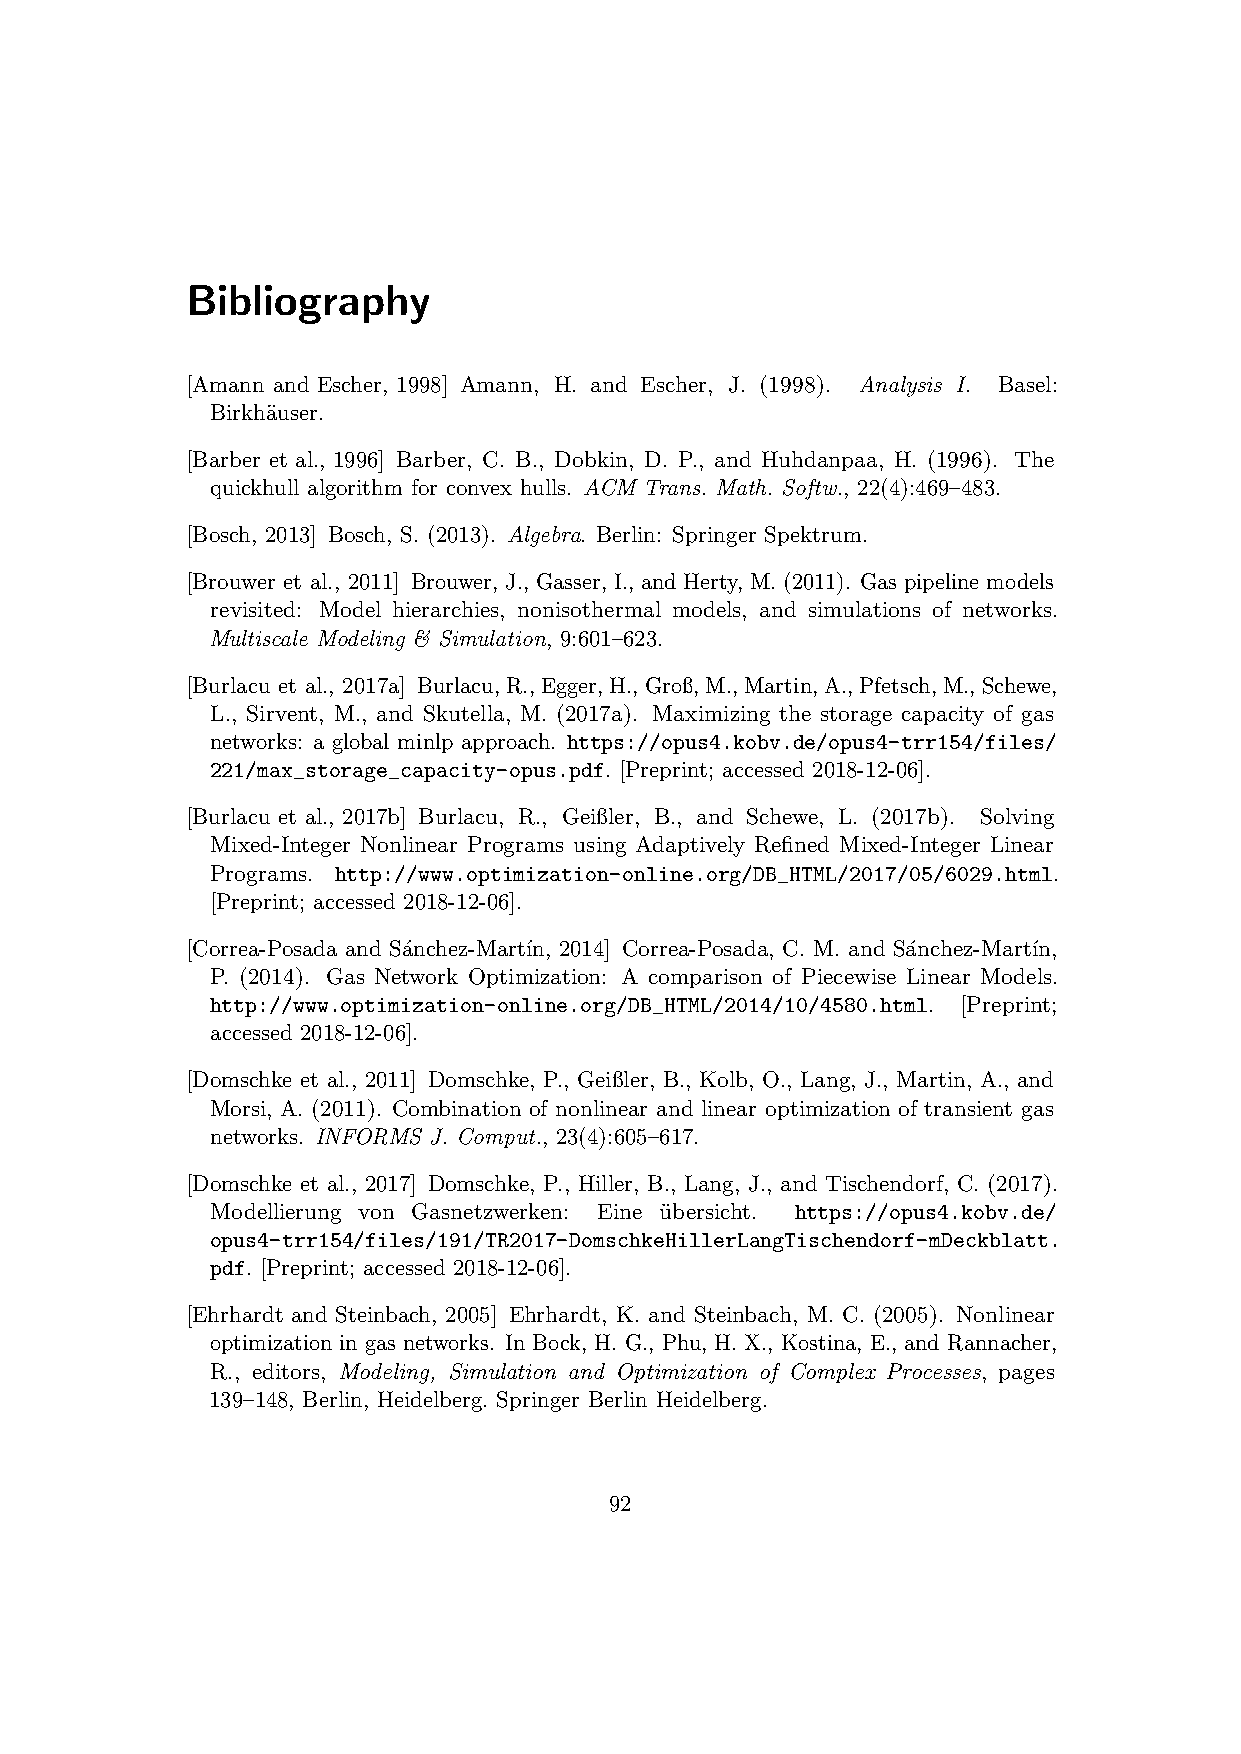
Bibliography
 [Amann and Escher, 1998] Amann, H. and Escher, J. (1998). Analysis I. Basel:
 Birkh¨auser.
 [Barber et al., 1996] Barber, C. B., Dobkin, D. P., and Huhdanpaa, H. (1996). The
 quickhull algorithm for convex hulls. ACM Trans. Math. Softw., 22(4):469–483.
 [Bosch, 2013] Bosch, S. (2013). Algebra. Berlin: Springer Spektrum.
 [Brouwer et al., 2011] Brouwer, J., Gasser, I., and Herty, M. (2011). Gas pipeline models
 revisited: Model hierarchies, nonisothermal models, and simulations of networks.
 Multiscale Modeling & Simulation, 9:601–623.
 [Burlacu et al., 2017a] Burlacu,R.,Egger,H.,Groß,M.,Martin,A.,Pfetsch,M.,Schewe,
 L., Sirvent, M., and Skutella, M. (2017a). Maximizing the storage capacity of gas
 networks: a global minlp approach. https://opus4.kobv.de/opus4-trr154/files/
 221/max_storage_capacity-opus.pdf. [Preprint; accessed 2018-12-06].
 [Burlacu et al., 2017b] Burlacu, R., Geißler, B., and Schewe, L. (2017b). Solving
 Mixed-Integer Nonlinear Programs using Adaptively Refined Mixed-Integer Linear
 Programs. http://www.optimization-online.org/DB_HTML/2017/05/6029.html.
 [Preprint; accessed 2018-12-06].
 [Correa-Posada and S´anchez-Mart´ın, 2014] Correa-Posada, C. M. and S´anchez-Mart´ın,
 P. (2014). Gas Network Optimization: A comparison of Piecewise Linear Models.
 http://www.optimization-online.org/DB_HTML/2014/10/4580.html. [Preprint;
 accessed 2018-12-06].
 [Domschke et al., 2011] Domschke, P., Geißler, B., Kolb, O., Lang, J., Martin, A., and
 Morsi, A. (2011). Combination of nonlinear and linear optimization of transient gas
 networks. INFORMS J. Comput., 23(4):605–617.
 [Domschke et al., 2017] Domschke, P., Hiller, B., Lang, J., and Tischendorf, C. (2017).
 Modellierung von Gasnetzwerken: Eine u¨bersicht. https://opus4.kobv.de/
 opus4-trr154/files/191/TR2017-DomschkeHillerLangTischendorf-mDeckblatt.
 pdf. [Preprint; accessed 2018-12-06].
 [Ehrhardt and Steinbach, 2005] Ehrhardt, K. and Steinbach, M. C. (2005). Nonlinear
 optimization in gas networks. In Bock, H. G., Phu, H. X., Kostina, E., and Rannacher,
 R., editors, Modeling, Simulation and Optimization of Complex Processes, pages
 139–148, Berlin, Heidelberg. Springer Berlin Heidelberg.
 92